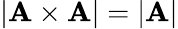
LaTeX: |\mathbf{A}\times\mathbf{A}|=|\mathbf{A}|